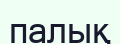
палық